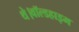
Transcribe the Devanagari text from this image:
थे।वॉल्डहाइम